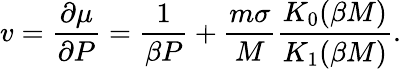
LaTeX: v=\frac{\partial\mu}{\partial P}=\frac{1}{\beta P}+\frac{m\sigma}{M}\frac{K_{0}(\beta M)}{K_{1}(\beta M)}.